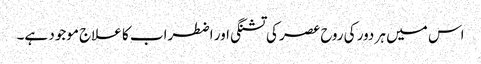
اس میں ہر دور کی روح عصر کی تشنگی اور اضطراب کا علاج موجود ہے۔